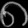
Digit: ၈